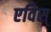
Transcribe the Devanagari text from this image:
एविस्